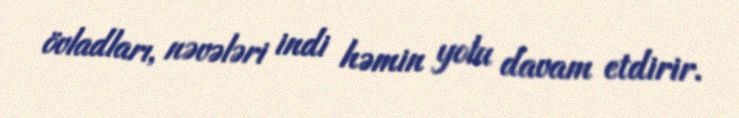
övladları, nəvələri indi həmin yolu davam etdirir.